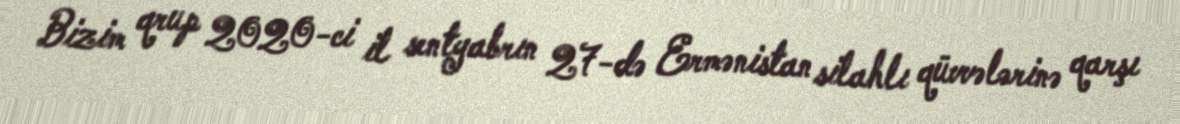
Bizim qrup 2020-ci il sentyabrın 27-də Ermənistan silahlı qüvvələrinə qarşı